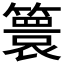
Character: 𮆙